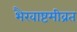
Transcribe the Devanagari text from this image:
भैरवाष्टमीव्रत